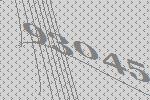
93045